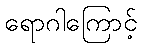
ရောဂါကြောင့်